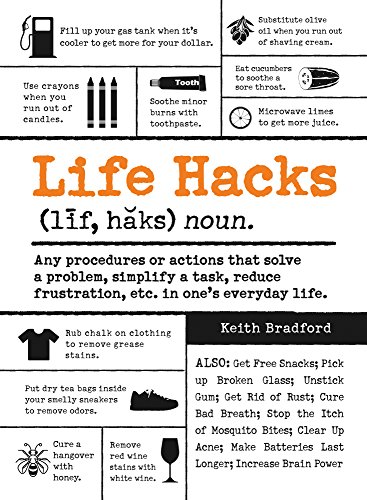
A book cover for Life Hacks: Any Procedure or Action That Solves a Problem, Simplifies a Task, Reduces Frustration, Etc. in One's Everyday Life; Keith Bradford; Humor & Entertainment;